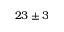
2 3 \pm 3